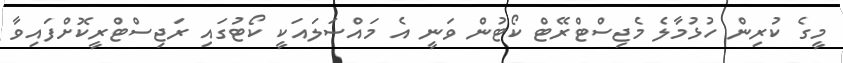
މީގެ ކުރިން ހުޅުމާލެ މެޖިސްޓްރޭޓް ކޯޓުން ވަނީ އެ މައްސަލައަކީ ކޯޓުގައި ރަޖިސްޓްރީކޮށްފައިވާ